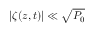
\left| \zeta ( z , t ) \right| \ll \sqrt { P _ { 0 } }